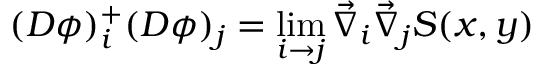
( D \phi ) _ { i } ^ { + } ( D \phi ) _ { j } = \operatorname * { l i m } _ { i \rightarrow j } \vec { \nabla } _ { i } \vec { \nabla } _ { j } S ( x , y )